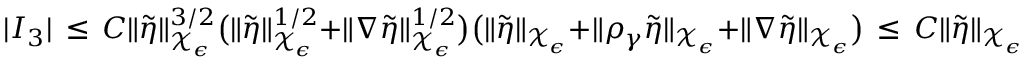
| I _ { 3 } | \, \le \, C \| \tilde { \eta } \| _ { \mathcal { X } _ { \epsilon } } ^ { 3 / 2 } \bigl ( \| \tilde { \eta } \| _ { \mathcal { X } _ { \epsilon } } ^ { 1 / 2 } + \| \nabla \tilde { \eta } \| _ { \mathcal { X } _ { \epsilon } } ^ { 1 / 2 } \bigr ) \bigl ( \| \tilde { \eta } \| _ { \mathcal { X } _ { \epsilon } } + \| \rho _ { \gamma } \tilde { \eta } \| _ { \mathcal { X } _ { \epsilon } } + \| \nabla \tilde { \eta } \| _ { \mathcal { X } _ { \epsilon } } \bigr ) \, \le \, C \| \tilde { \eta } \| _ { \mathcal { X } _ { \epsilon } } D _ { \epsilon } [ \tilde { \eta } ] \, ,